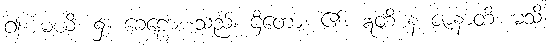
၍။ မယိ၊ ၌။ ခေဠော၊ သည်။ ဌိတော၊ ၏။ ဣတိ န ဇာနာတိ၊ မသိ။